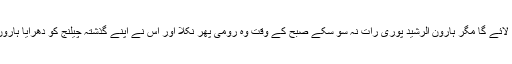
حاضرین مجلس میں سے بعض نے کہا کہ اس شخص کا غرور اسے ضرور دوبارہ لائے گا مگر ہارون الرشید پوری رات نہ سو سکے صبح کے وقت وہ رومی پھر نکلا اور اس نے اپنے گذشتہ چیلنج کو دھرایا ہارون الرشید رحمہ اللہ نے حکم دیا کہ اس کے مقابلے کے لیے بیس شہسوار نکل پڑیں ۔